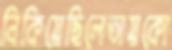
নিকিয়েছিলেতায়কো